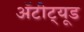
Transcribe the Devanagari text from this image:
अॅटीट्यूड